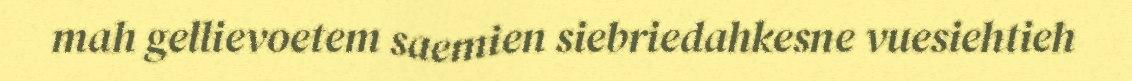
mah gellievoetem saemien siebriedahkesne vuesiehtieh